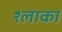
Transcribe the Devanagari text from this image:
श्लाका